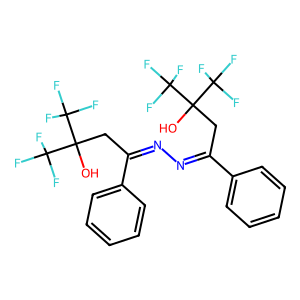
SMILES: OC(CC(=NN=C(CC(O)(C(F)(F)F)C(F)(F)F)c1ccccc1)c1ccccc1)(C(F)(F)F)C(F)(F)F
Inhibits HIV replication: No